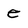
Character: e